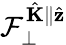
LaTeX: \mathcal{F}_{\perp}^{\hat{\mathbf{K}}\parallel\hat{\mathbf{z}}}